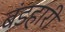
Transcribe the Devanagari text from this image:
बंडहारी